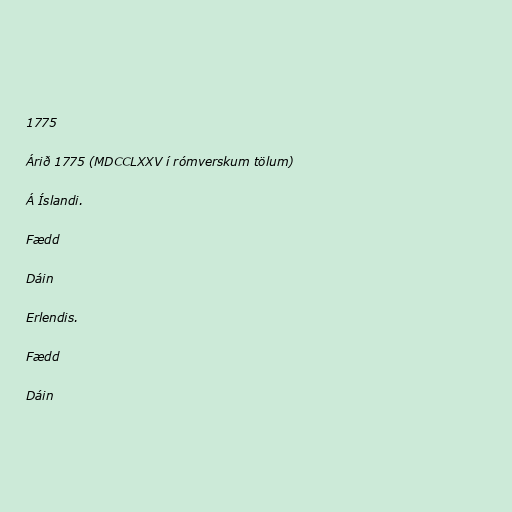
1775

Árið 1775 (MDCCLXXV í rómverskum tölum)

Á Íslandi.

Fædd

Dáin

Erlendis.

Fædd

Dáin